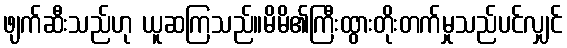
ဖျက်ဆီးသည်ဟု ယူဆကြသည်။မိမိ၏ကြီးထွားတိုးတက်မှုသည်ပင်လျှင်